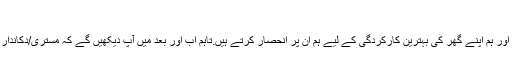
پریشان م…
مستری/دکاندار اکثر یہ باہر کے کچھ بہترین لوگوں میں سے ہیں اور ہم اپنے گھر کی بہترین کارکردگی کے لیے ہم ان پر انحصار کرتے ہیں.تاہم اب اور بعد میں آپ دیکھیں گے کہ مستری/دکاندار کی کچھ باتیں/طریقے ایسے ہیں جو وہ ظاہر/بتاتے نہیں ہیں ا…